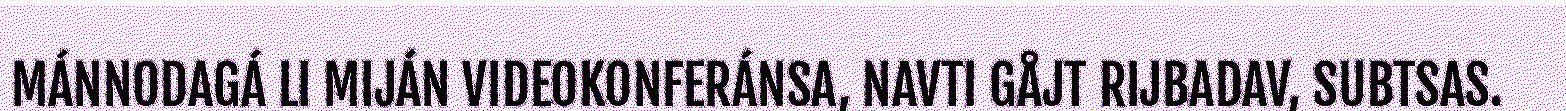
MÁNNODAGÁ LI MIJÁN VIDEOKONFERÁNSA, NAVTI GÅJT RIJBADAV, SUBTSAS.